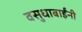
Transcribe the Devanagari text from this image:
वसुधाबाईंनी